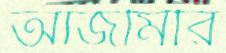
আজমিরি